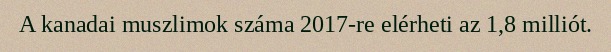
A kanadai muszlimok száma 2017-re elérheti az 1,8 milliót.